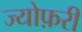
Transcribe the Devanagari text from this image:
ज्योफ़री